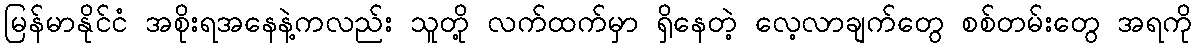
မြန်မာနိုင်ငံ အစိုးရအနေနဲ့ကလည်း သူတို့ လက်ထက်မှာ ရှိနေတဲ့ လေ့လာချက်တွေ စစ်တမ်းတွေ အရကို